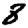
Digit: 8